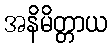
အနိမိတ္တာယ